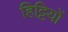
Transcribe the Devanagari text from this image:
हिट्टियों